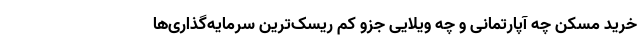
خرید مسکن چه آپارتمانی و چه ویلایی جزو کم ریسک­‌ترین سرمایه­‌گذاری­‌ها